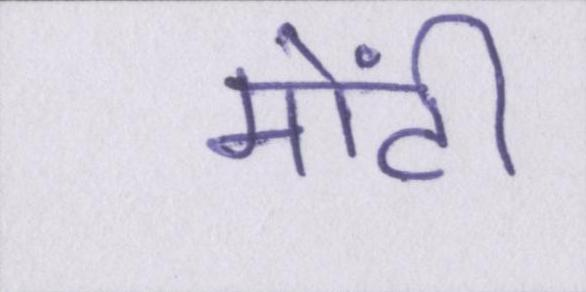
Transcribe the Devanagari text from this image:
मोंटी